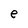
Character: e